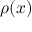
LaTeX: \rho ( { \boldsymbol { x } } )